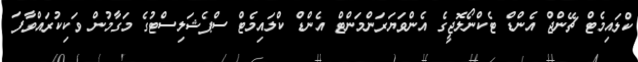
ކްލައިމެޓް ޗޭންޖް އެންޑް ޓެކްނޯލޮޖީގެ އެންވަޔަރަންމަންޓް އެންޑް ކްލައިމެޓް ސްޕެޝަލިސްޓުގެ މަގާމުން ވަކިކުރައްވާފަ